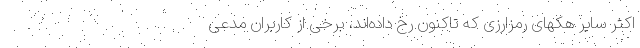
اکثر سایر هکهای رمزارزی که تاکنون رخ داده‌اند، برخی از کاربران مدعی